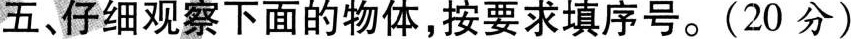
五、仔细观察下面的物体，按要求填序号。(20分)